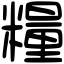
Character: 糧